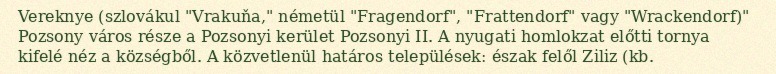
Vereknye (szlovákul "Vrakuňa," németül "Fragendorf", "Frattendorf" vagy "Wrackendorf)" Pozsony város része a Pozsonyi kerület Pozsonyi II. A nyugati homlokzat előtti tornya kifelé néz a községből. A közvetlenül határos települések: észak felől Ziliz (kb.